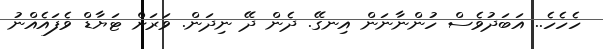
ހެހެހެ.. އަބަދުވެސް ހުންނާނަން އިނގޭ. ދެން ދޭ ނިދަން. ވަރަށް ޓަޔާޑް ވެފައެއްނު